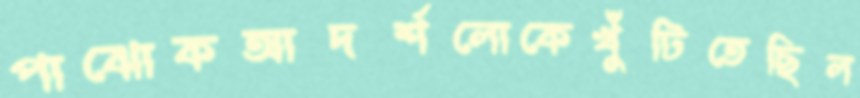
পাঝোকআদর্শলোকেখুঁটিতেছিল